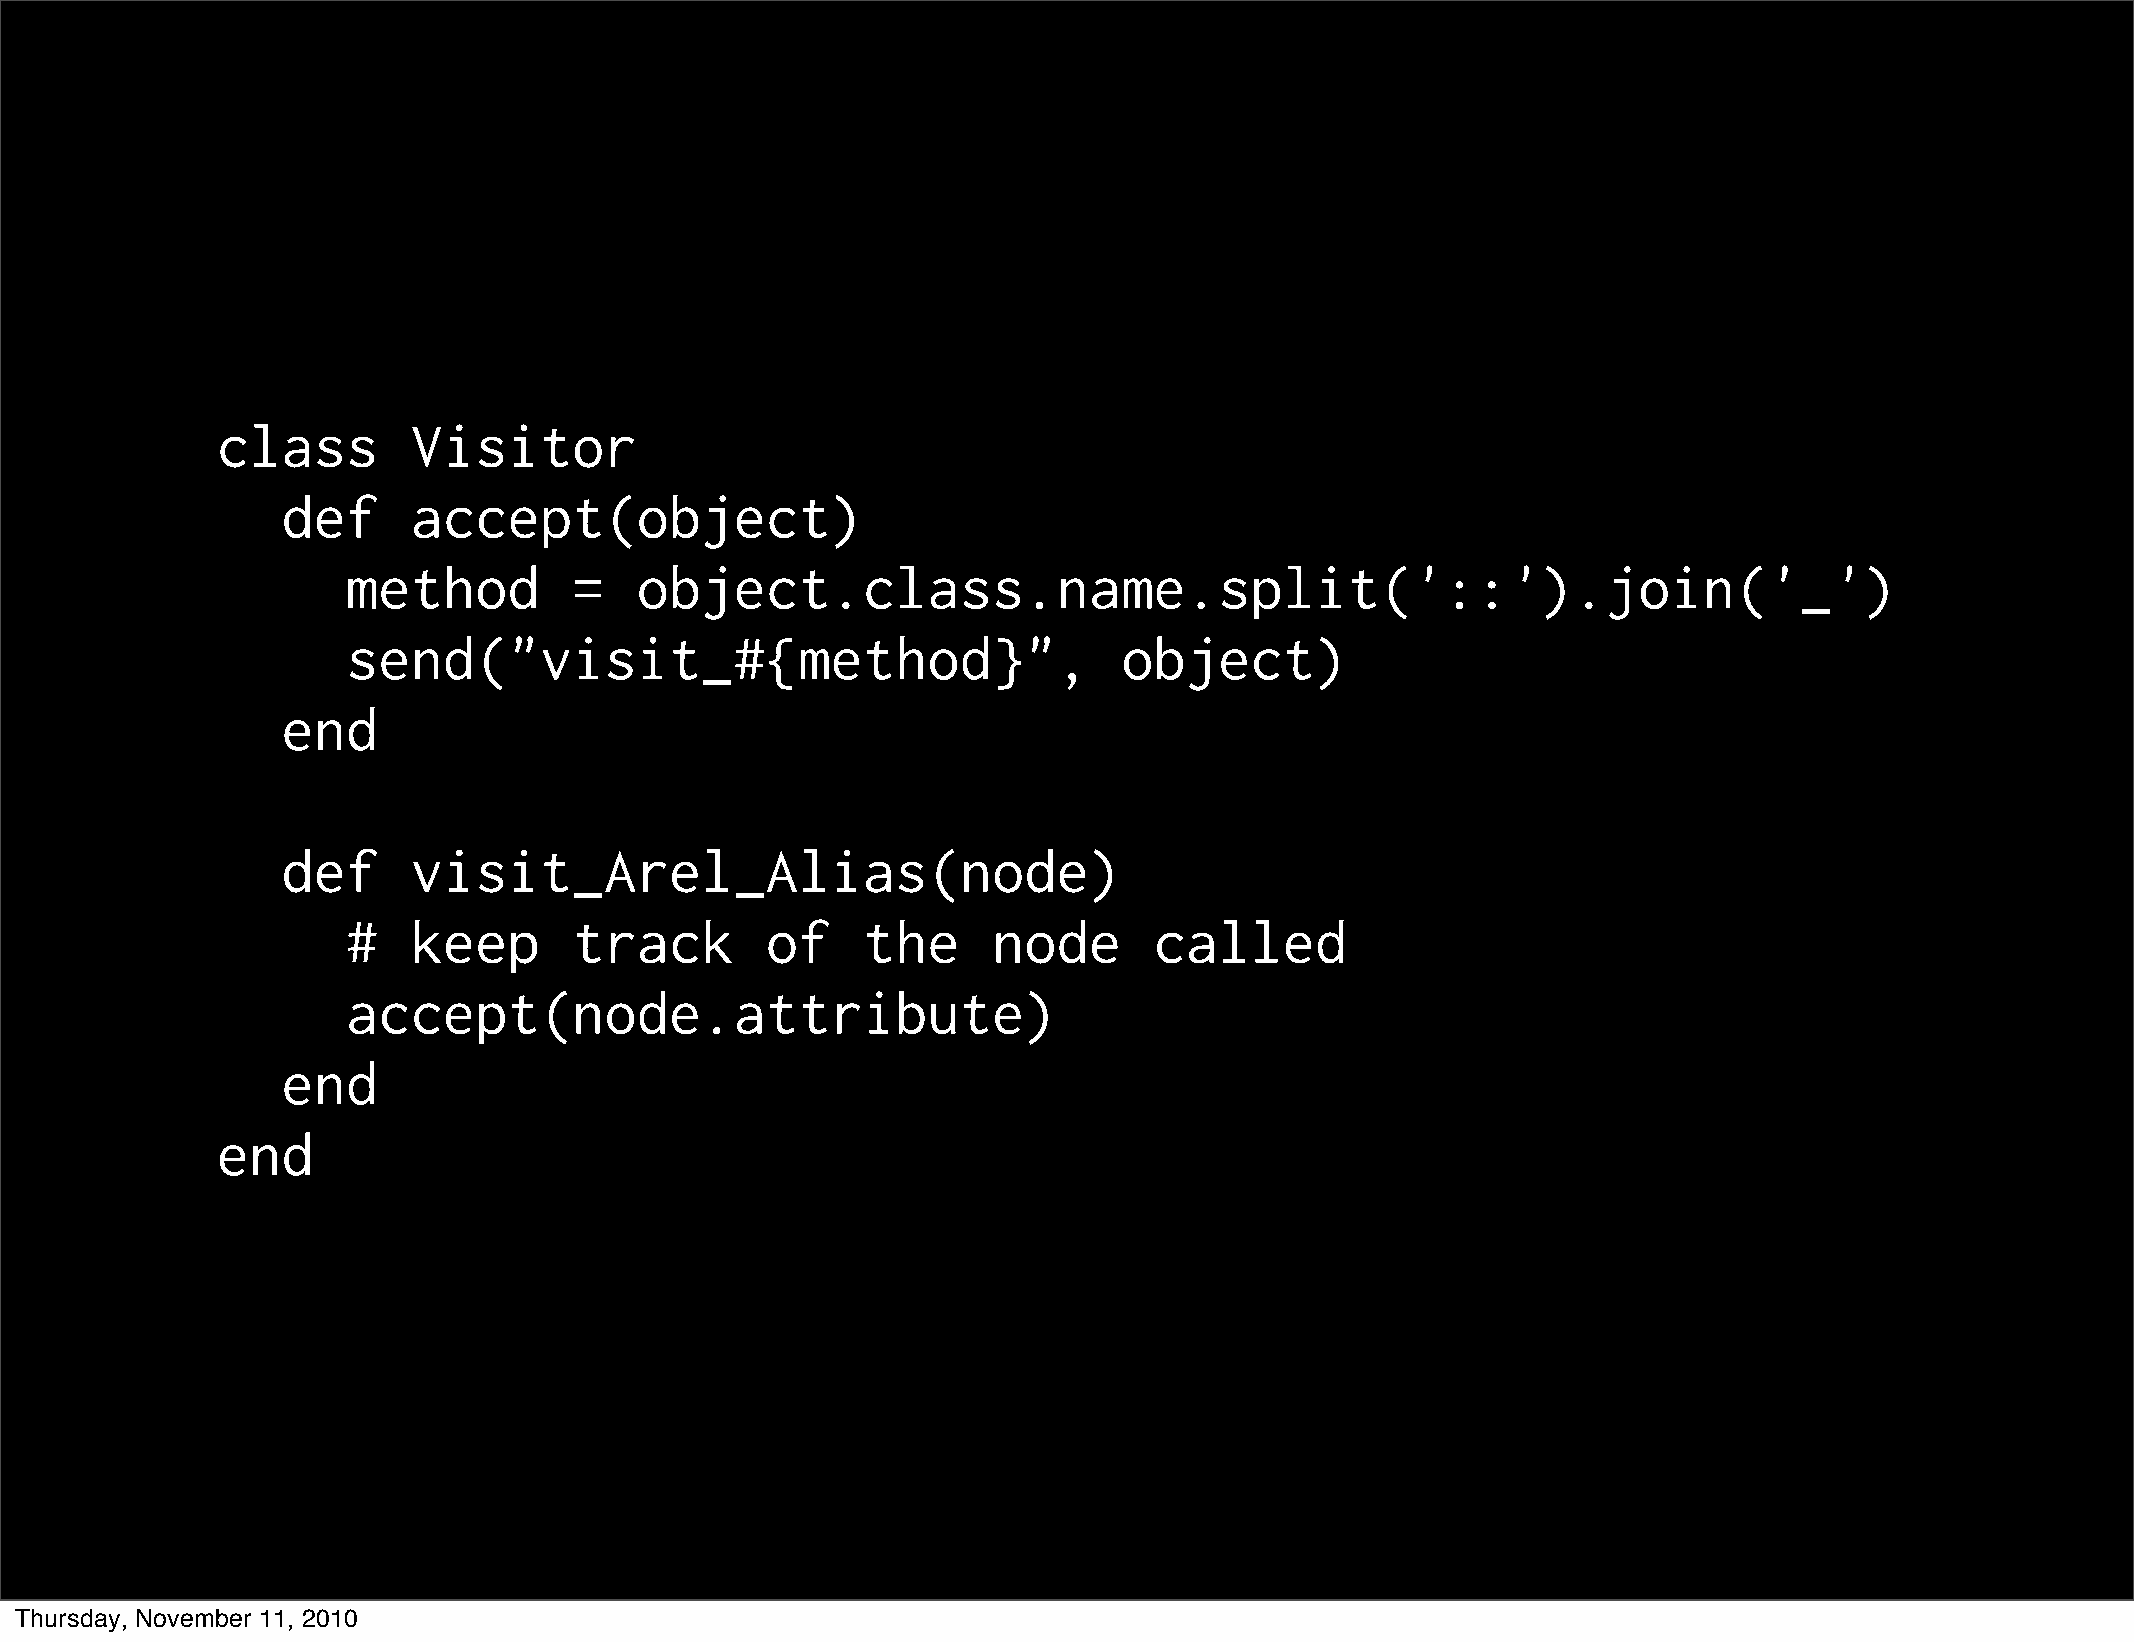
class        Visitor
 def     accept(object)
 method         =   object.class.name.split('::').join('_')
 send("visit_#{method}",                            object)
 end
 def     visit_Arel_Alias(node)
 #   keep       track        of    the      node      called
 accept(node.attribute)
 end
 end
 Thursday, November 11, 2010